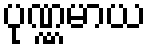
ပုဏ္ဏမာယ